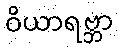
ဝိယာရဗ္ဘာ